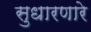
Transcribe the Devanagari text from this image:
सुधारणारे